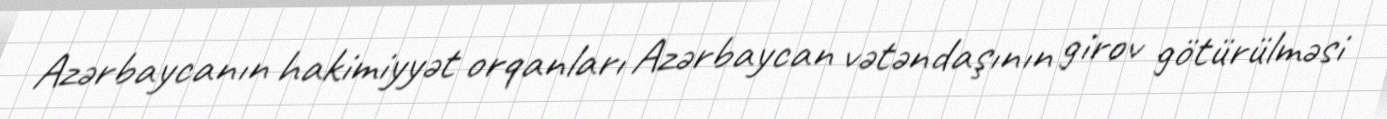
Azərbaycanın hakimiyyət orqanları Azərbaycan vətəndaşının girov götürülməsi